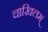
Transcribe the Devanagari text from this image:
चाखिलम्‌